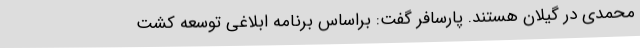
محمدی در گیلان هستند. پارسافر گفت: براساس برنامه ابلاغی توسعه کشت